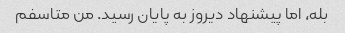
بله، اما پیشنهاد دیروز به پایان رسید. من متاسفم